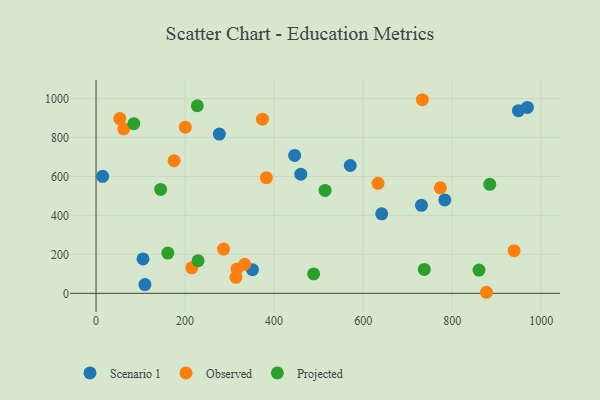
{"axis": {"x": "Price", "y": "Yield"}, "legend": ["Observed", "Projected", "Scenario 1"], "data": [{"x": "948.8", "y": 938.1, "type": "Scenario 1"}, {"x": "109.9", "y": 44.7, "type": "Scenario 1"}, {"x": "731.0", "y": 451.7, "type": "Scenario 1"}, {"x": "968.9", "y": 954.7, "type": "Scenario 1"}, {"x": "446.1", "y": 708.3, "type": "Scenario 1"}, {"x": "277.0", "y": 817.6, "type": "Scenario 1"}, {"x": "459.9", "y": 611.9, "type": "Scenario 1"}, {"x": "641.7", "y": 408.1, "type": "Scenario 1"}, {"x": "783.4", "y": 479.4, "type": "Scenario 1"}, {"x": "14.8", "y": 600.7, "type": "Scenario 1"}, {"x": "571.1", "y": 656.2, "type": "Scenario 1"}, {"x": "105.5", "y": 176.8, "type": "Scenario 1"}, {"x": "351.4", "y": 121.4, "type": "Scenario 1"}, {"x": "373.8", "y": 894.1, "type": "Observed"}, {"x": "215.1", "y": 131.0, "type": "Observed"}, {"x": "62.3", "y": 844.8, "type": "Observed"}, {"x": "877.0", "y": 5.3, "type": "Observed"}, {"x": "314.3", "y": 82.3, "type": "Observed"}, {"x": "53.3", "y": 897.4, "type": "Observed"}, {"x": "939.1", "y": 218.8, "type": "Observed"}, {"x": "773.4", "y": 541.6, "type": "Observed"}, {"x": "286.4", "y": 227.2, "type": "Observed"}, {"x": "200.5", "y": 853.1, "type": "Observed"}, {"x": "382.6", "y": 593.6, "type": "Observed"}, {"x": "333.9", "y": 149.2, "type": "Observed"}, {"x": "633.4", "y": 564.8, "type": "Observed"}, {"x": "175.4", "y": 680.9, "type": "Observed"}, {"x": "733.0", "y": 994.1, "type": "Observed"}, {"x": "316.5", "y": 124.7, "type": "Observed"}, {"x": "884.4", "y": 559.4, "type": "Projected"}, {"x": "514.4", "y": 528.5, "type": "Projected"}, {"x": "737.4", "y": 122.7, "type": "Projected"}, {"x": "161.3", "y": 206.8, "type": "Projected"}, {"x": "229.2", "y": 167.1, "type": "Projected"}, {"x": "488.8", "y": 99.5, "type": "Projected"}, {"x": "84.9", "y": 870.9, "type": "Projected"}, {"x": "145.1", "y": 533.6, "type": "Projected"}, {"x": "227.5", "y": 963.1, "type": "Projected"}, {"x": "860.2", "y": 119.3, "type": "Projected"}]}